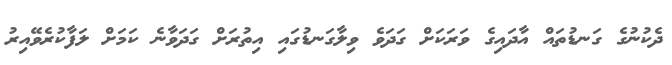
ދެކުނުގެ ގަނޑުތައް އާދައިގެ ވަރަކަށް ގަދަވެ ވިލާގަނޑުގައި އިތުރަށް ގަދަވާނެ ކަމަށް ލަފާކުރެވޭއިރު